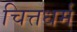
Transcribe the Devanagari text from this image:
चित्तधर्म